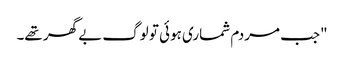
"جب مردم شماری ہوئی تو لوگ بے گھر تھے۔